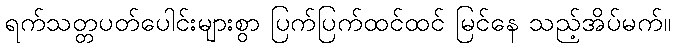
ရက်သတ္တပတ်ပေါင်းများစွာ ပြက်ပြက်ထင်ထင် မြင်နေ သည့်အိပ်မက်။